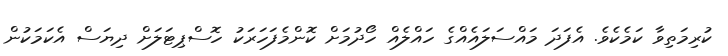
ކުރިމަތިވާ ކަމެކެވެ. އެފަދަ މައްސަލައެއްގެ ހައްލެއް ހޯދުމަށް ކޮންމެފަހަރަކު ހޮސްޕިޓަލަށް ދިޔަސް އެކަމަކުން